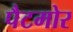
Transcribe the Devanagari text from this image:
पैटमोर